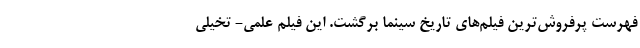
فهرست پرفروش‌ترین فیلم‌های تاریخ سینما برگشت. این فیلم علمی- تخیلی